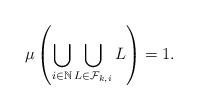
LaTeX: \begin{align*}\mu\left(\bigcup_{i\in\mathbb{N}}\bigcup_{L\in\mathcal{F}_{k,i}}L\right)=1.\end{align*}